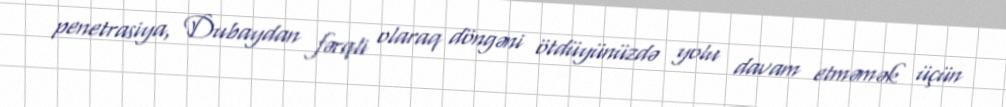
penetrasiya, Dubaydan fərqli olaraq döngəni ötdüyünüzdə yolu davam etməmək üçün